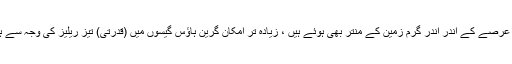
اس عرصے کے اندر اندر گرم زمین کے منتر بھی ہوئے ہیں ، زیادہ تر امکان گرین ہاؤس گیسوں میں (قدرتی) تیز ریلیز کی وجہ سے ہے۔